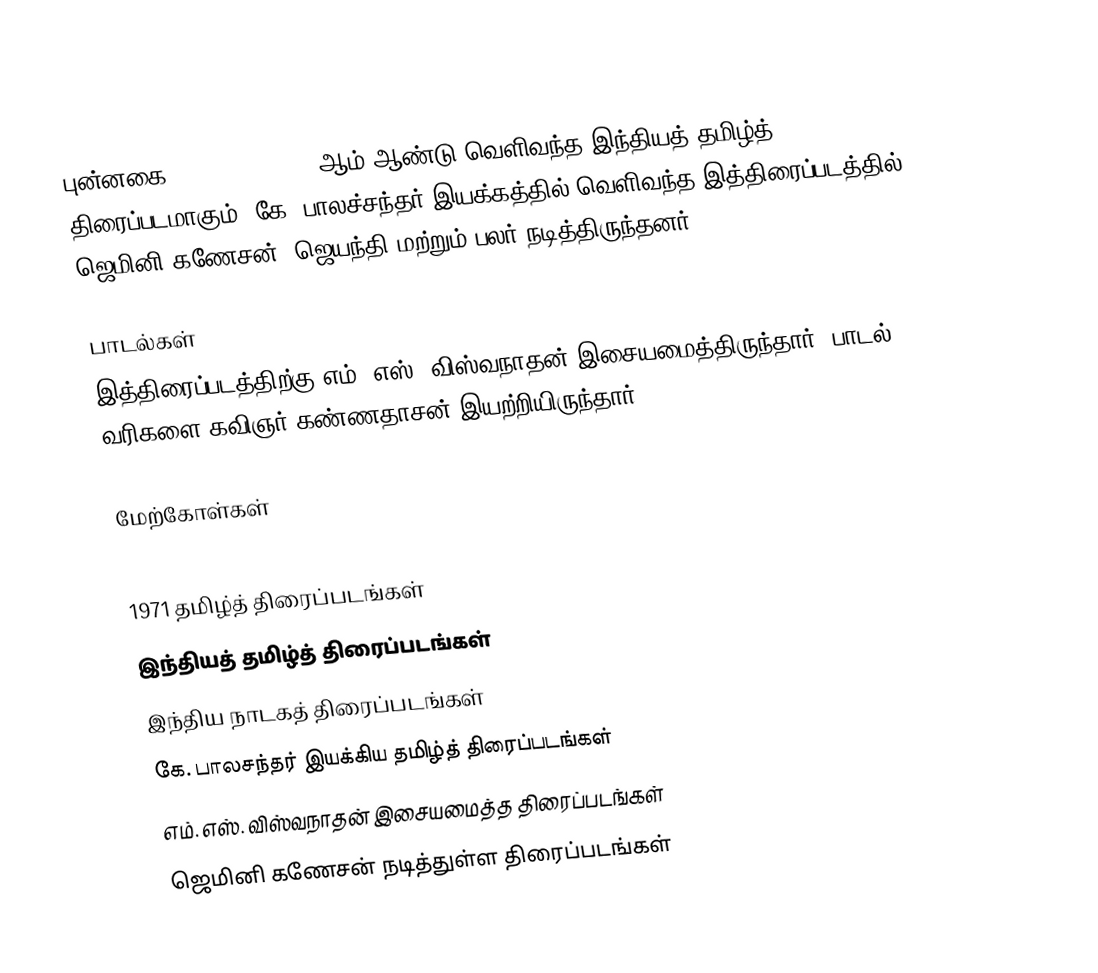
புன்னகை (Punnagai) 1971 ஆம் ஆண்டு வெளிவந்த இந்தியத் தமிழ்த் திரைப்படமாகும். கே. பாலச்சந்தர் இயக்கத்தில் வெளிவந்த இத்திரைப்படத்தில் ஜெமினி கணேசன், ஜெயந்தி மற்றும் பலர் நடித்திருந்தனர்.

பாடல்கள்
இத்திரைப்படத்திற்கு எம். எஸ். விஸ்வநாதன் இசையமைத்திருந்தார். பாடல் வரிகளை கவிஞர் கண்ணதாசன் இயற்றியிருந்தார்.

மேற்கோள்கள்

1971 தமிழ்த் திரைப்படங்கள்
இந்தியத் தமிழ்த் திரைப்படங்கள்
இந்திய நாடகத் திரைப்படங்கள்
கே. பாலசந்தர் இயக்கிய தமிழ்த் திரைப்படங்கள்
எம். எஸ். விஸ்வநாதன் இசையமைத்த திரைப்படங்கள்
ஜெமினி கணேசன் நடித்துள்ள திரைப்படங்கள்